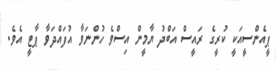
ޕީއެންސީއަކީ ކުރީގެ ރައީސް އަބްދު ޔާމީން އިސްވެ ހުންނަވާ އުފައްދަވާ ޕާޓީ އެވެ.